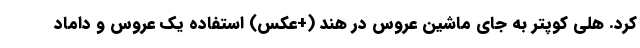
کرد. هلی کوپتر به جای ماشین عروس در هند (+عکس) استفاده یک عروس و داماد